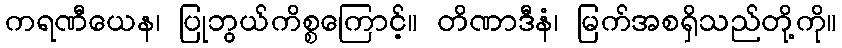
ကရဏီယေန၊ ပြုဘွယ်ကိစ္စကြောင့်။ တိဏာဒီနံ၊ မြက်အစရှိသည်တို့ကို။